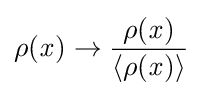
\rho ({\mathit {x}})\rightarrow {\frac {\rho ({\mathit {x}})}{\langle \rho ({\mathit {x}})\rangle }}